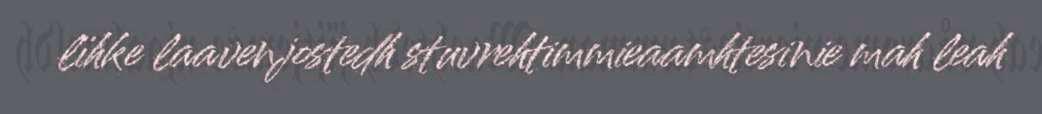
lïhke laavenjostedh stuvrehtimmieaamhtesinie mah leah